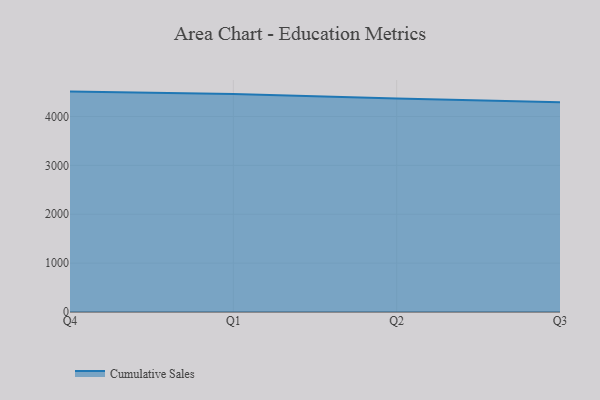
{"axis": {"x": "Quarter", "y": "Gross Profit (USD K)"}, "legend": ["Cumulative Sales"], "data": [{"x": "Q4", "y": 4509.2, "type": "Cumulative Sales"}, {"x": "Q1", "y": 4458.6, "type": "Cumulative Sales"}, {"x": "Q2", "y": 4368.3, "type": "Cumulative Sales"}, {"x": "Q3", "y": 4292.7, "type": "Cumulative Sales"}]}